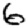
Digit: 6